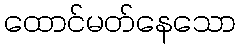
ထောင်မတ်နေသော